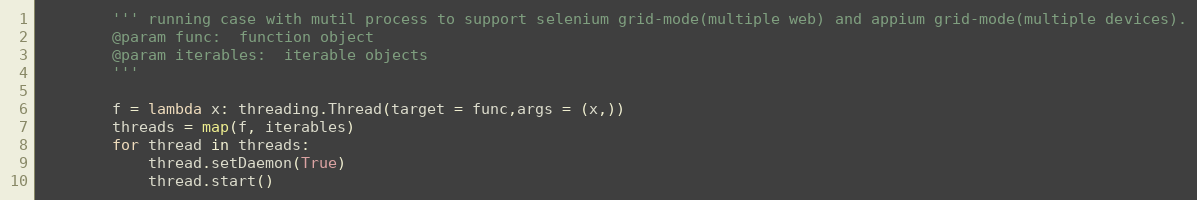
Language: Python
        ''' running case with mutil process to support selenium grid-mode(multiple web) and appium grid-mode(multiple devices).
        @param func:  function object
        @param iterables:  iterable objects
        '''

        f = lambda x: threading.Thread(target = func,args = (x,))
        threads = map(f, iterables)
        for thread in threads:
            thread.setDaemon(True)
            thread.start()